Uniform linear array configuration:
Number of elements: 64
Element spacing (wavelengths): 0.75
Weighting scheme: exponential
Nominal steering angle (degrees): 15
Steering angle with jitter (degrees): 15.421
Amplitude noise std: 0.05
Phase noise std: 0.05

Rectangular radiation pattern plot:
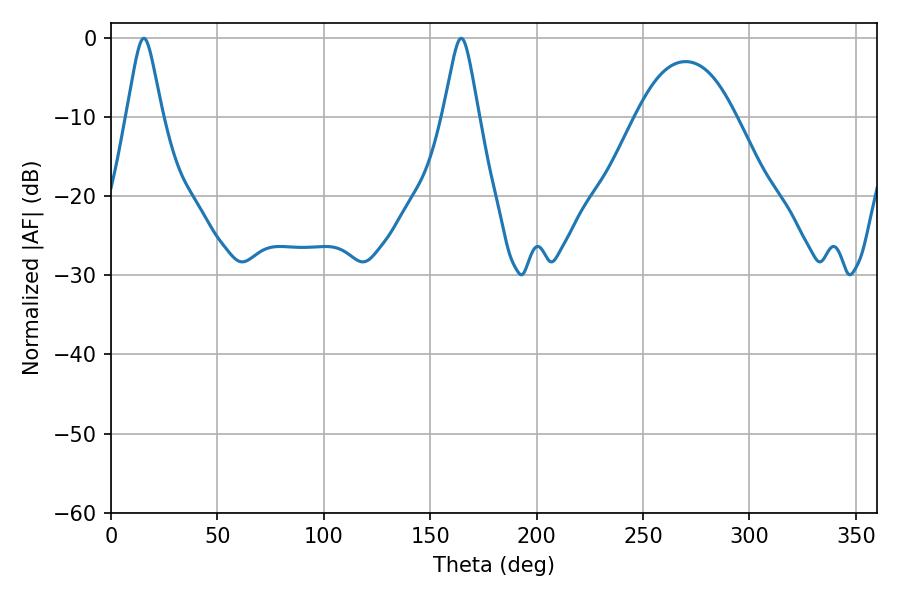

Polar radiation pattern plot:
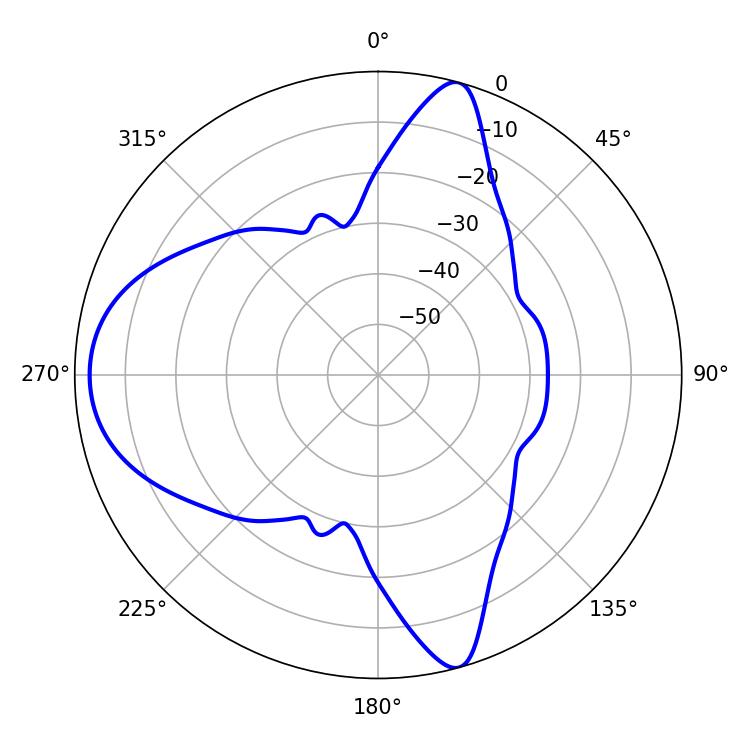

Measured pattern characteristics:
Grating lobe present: TRUE
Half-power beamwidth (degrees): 7.92
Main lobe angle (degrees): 15.48